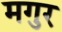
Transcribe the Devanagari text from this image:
मगुर